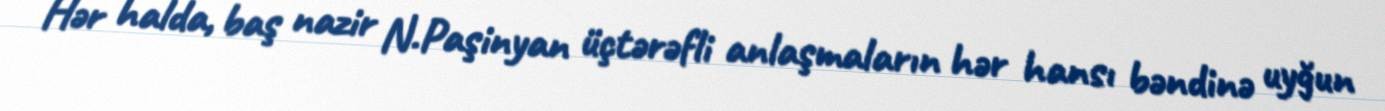
Hər halda, baş nazir N.Paşinyan üçtərəfli anlaşmaların hər hansı bəndinə uyğun